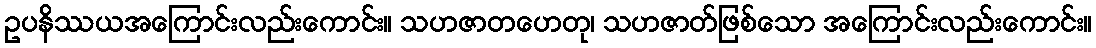
ဥပနိဿယအကြောင်းလည်းကောင်း။ သဟဇာတဟေတု၊ သဟဇာတ်ဖြစ်သော အကြောင်းလည်းကောင်း။